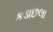
કડાછલા